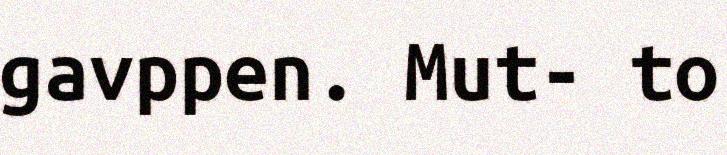
gavppen. Mut- to